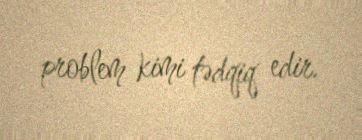
problem kimi tədqiq edir.